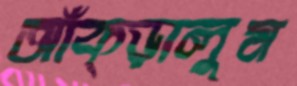
আঁক্‌ড়ালুম